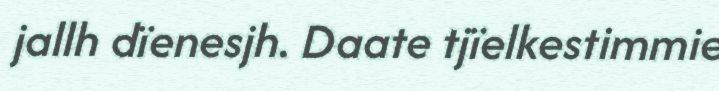
jallh dïenesjh. Daate tjïelkestimmie